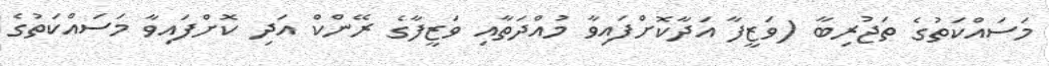
މަސައްކަތުގެ ތަޖުރިބާ (ވަޒީފާ އަދާކޮށްފައިވާ މުއްދަތާއި ވަޒީފާގެ ރޭންކް އަދި ކޮށްފައިވާ މަސައްކަތުގެ